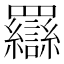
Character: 羉